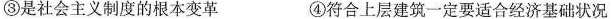
③是社会主义制度的根本变革 ④符合上层建筑一定要适合经济基础状况